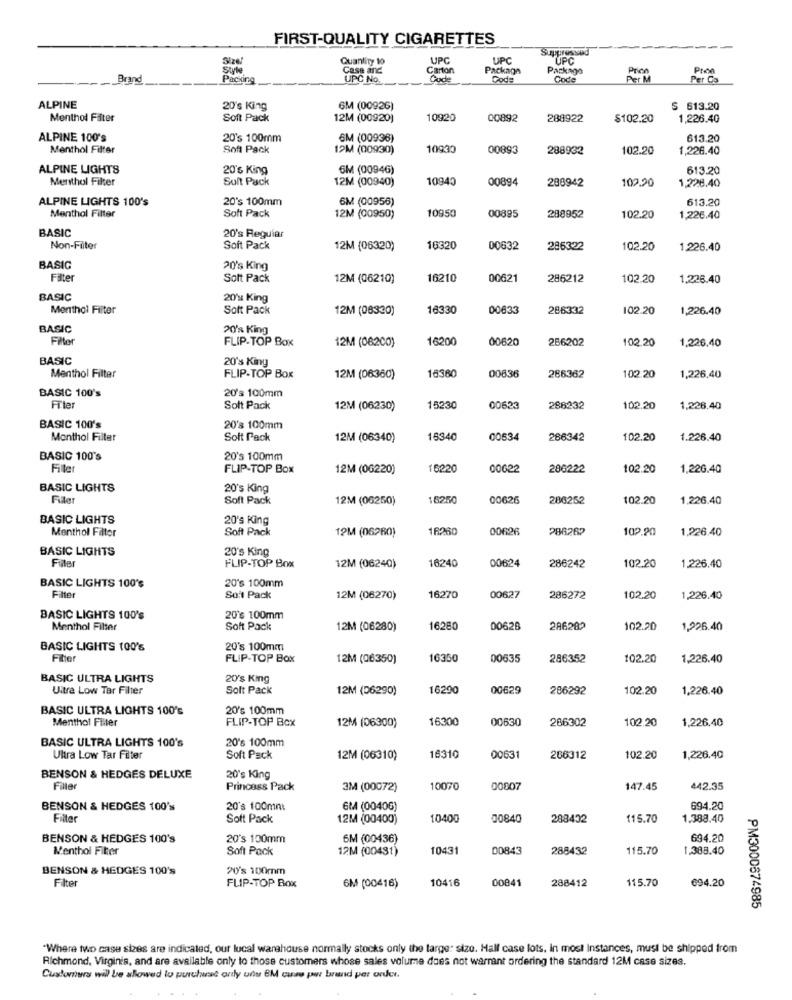
FIRST-QUALITY CIGARETTES
Suppressed
Quantity 10
UPC
UPC
"UPC
Style
Case and
Carton
Package
Package
Brand
Paciong
UPC No.
Carde
Code
Code
Per Cs
ALPINE
20's King
6M (00926)
$ 613.20
Menthol Filter
Soft Pack
12M (00920)
10920
00892
288922
$102.20
1,226.40
ALPINE 100's
20's 100mm
6M (00936)
613.20
Menthol Filter
Soft Pack
12M (00930)
10930
00893
288932
102.20
1,226.40
ALPINE LIGHTS
20's King
6M (00946)
613.20
Menthol Filter
Sult Pack
12M (00940)
10940
00894
286942
102.20
1,228.40
ALPINE LIGHTS 100's
20's 100mm
6M (00956)
613.20
00895
Menthol Filter
Soft Pack
12M (00950)
10950
288952
102.20
1,226.40
BASIC
20's Reguiar
Non-Filter
Soft Pack
12M (06320)
16320
00632
286322
102.20
1.226.40
BASIG
20's King
Fälter
Solt Pack
12M (06210)
16210
00621
286212
102.20
1,226.40
BASIC
20's King
Menthol Filter
Soft Pack
12M (08320)
16330
00633
286332
102.20
1,226.40
BASIC
20's King
Fille
FLIP-TOP Box
16200
00620
256202
102.20
1.226,40
12M (06200)
BASIC
20's King
16360
00636
102.20
Menthol Filter
FLIP-TOP Box
12M (06360)
286362
1,226,40
BASIC 100's
20's 100mm
Filter
Solt Pack
12M (06230)
15230
00623
288232
102.20
1,226,40
BASIC 100's
20's 100mm
Monthol Filter
Soft Pack
12M (06340)
16340
00634
266342
102.20
1.226.40
BASIC 100's
20's 100mm
Fille
FLIP-TOP Box
12M (06220)
16220
00622
286222
102.20
1,226.40
BASIC LIGHTS
20's King
Filler
Soft Pack
12M (06250)
16250
00626
286252
102.20
1.226.40
BASIC LIGHTS
20's King
Menthol Filter
Soft Pack
16260
00626
286262
102.90
1.226.40
12M (06260)
BASIC LIGHTS
20's King
16240
Filter
FLIP-TOP Box
12M (06240)
00624
286242
102.20
1.226.40
20's 100mm
BASIC LIGHTS 100's
Filter
Soit Pack
12M (06270)
16270
00627
286272
102.20
1,226.40
BASIC LIGHTS 100's
20's 100mm
Menthol Filter
Soft Pack
12M (06280)
16280
00628
286282
102.20
1,226.40
BASIC LIGHTS 100'S
20's 100mm
Filler
FLIP-TOP Box
12M (06350)
16350
00635
286352
102.20
1,226.40
BASIC ULTRA LIGHTS
20's King
Ultra Low Tar Filter
Solt Pack
12M (06290)
16290
00629
286292
102.20
1,226.40
BASIC ULTRA LIGHTS 100's
20's 100mm
Menthol Filler
FLIP-TOP Box
12M (06300)
16300
00630
266302
102.20
1,226.40
BASIC ULTRA LIGHTS 100's
20's 100mm
Ultra Low Tar Filter
Soft Pack
12M (06310)
16310
00631
266312
102.20
1,226.40
BENSON & HEDGES DELUXE
20's King
Filler
Princess Pack
3M (00072)
10070
00807
147.45
442.35
BENSON & HEDGES 100's
20's 100mm
6MA (0040G)
694.20
Filter
Soft Pack
12M (00400)
10400
00840
288402
115.70
1.388.40
BENSON & HEDGES 100's
20's 100mm
6M (00436)
694.20
Menthol Fitter
Soft Pack
12M (00431)
10431
00843
288432
115.70
.388.40
BENSON & HEDGES 100's
20's 100mm
Filter
10416
00841
288412
115.70
694.20
FLIP-TOP Box
6M (00416)
PM3000674985
"Where two case stes are indicated, our local warehouse normally stocks only the targe: size. Hall case lots, in most Instances, must be shipped from
Richmond, Virginia, and are available only to those customers whose sales volume does not warrant ordering the standard 12M case sizes.
Customers will be allowed to purchase only un 8M case por brand per order.